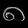
Digit: ၈